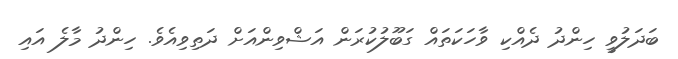
ބަދަލުވީ ހިންދު ދެއްކި ވާހަކަތައް ގަބޫލުކުރަން އަޝްވިންއަށް ދަތިވިއެވެ. ހިންދު މާލެ އައި